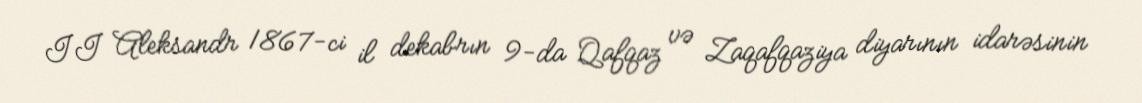
II Aleksandr 1867-ci il dekabrın 9-da Qafqaz və Zaqafqaziya diyarının idarəsinin